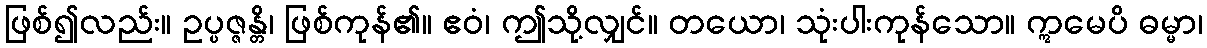
ဖြစ်၍လည်း။ ဥပ္ပဇ္ဇန္တိ၊ ဖြစ်ကုန်၏။ ဧဝံ၊ ဤသို့လျှင်။ တယော၊ သုံးပါးကုန်သော။ ဣမေပိ ဓမ္မာ၊